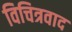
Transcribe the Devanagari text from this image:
विचित्रवाद